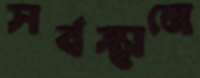
সর্বস্থানে